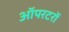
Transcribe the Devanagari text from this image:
ऑपरटरों